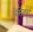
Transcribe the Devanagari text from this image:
बेसेंटश्